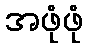
အဖုံဖုံ